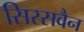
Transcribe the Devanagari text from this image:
सिरसवैन